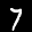
Label: 7